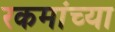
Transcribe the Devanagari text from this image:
रकमांच्या